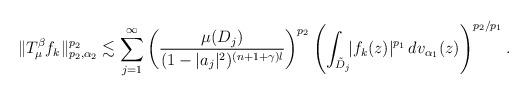
LaTeX: \begin{align*}\|T_{\mu}^{\beta}f_ k\|_{p_2,\alpha_2}^{p_2}&\lesssim \sum_{j=1}^{\infty}\left (\frac{\mu(D_j)}{(1-|a_j|^2)^{(n+1+\gamma )\l }}\right )^{p_ 2}\left(\int_{\tilde D_j} \!\! |f_ k(z)|^{p_1}\,dv_{\alpha_1}(z)\right)^{p_2/p_1}.\end{align*}